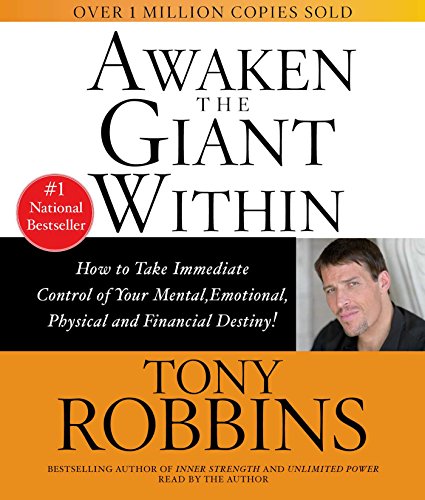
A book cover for Awaken The Giant Within; Anthony Robbins; Health, Fitness & Dieting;